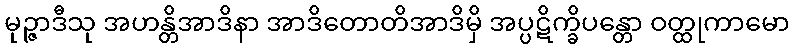
မုဉ္ဇာဒီသု အဟန္တိအာဒိနာ အာဒိတောတိအာဒိမှိ အပ္ပဋိက္ခိပန္တော ဝတ္ထုကာမော